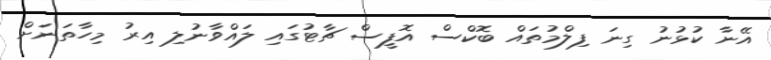
އޭނާ ކުޅުނު ގިނަ ފިލްމުތައް ބޮކްސް އޮފީސް ޗާޓުގައި ލައްވާނުލި އިރު މިހާތަނަށް